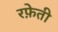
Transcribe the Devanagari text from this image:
रफे़ती